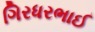
ગિરધરભાઈ